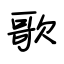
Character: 歌